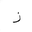
Letter: _zay